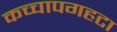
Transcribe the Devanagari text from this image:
कच्चापगहटा